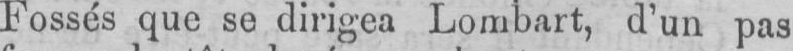
Fossés que se dirigea Lombart, d’un pas